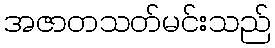
အဇာတသတ်မင်းသည်